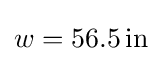
w=56.5\,\mathrm {in}